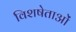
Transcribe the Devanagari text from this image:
विशषेताओं